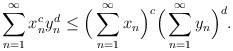
LaTeX: \begin{align*} \sum_{n=1}^{\infty} x_n^cy_n^d\le \Big(\sum_{n=1}^{\infty} x_n\Big)^c\Big(\sum_{n=1}^{\infty} y_n\Big)^d. \end{align*}